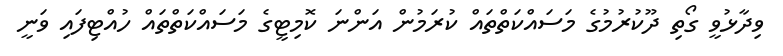
ވިދާޅުވީ ގޯތި ދޫކުރުމުގެ މަސައްކަތްތައް ކުރަމުން އަންނަ ކޮމިޓީގެ މަސައްކަތްތައް ހުއްޓިފައި ވަނީ